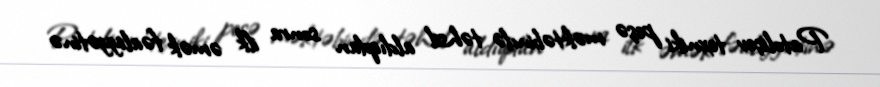
Patoliçev texniki peşə məktəbində təhsil aldıqdan sonra ilk əmək fəaliyyətinə